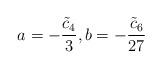
LaTeX: \begin{align*} a = - \frac{\tilde{c}_4}{3}, b = - \frac{\tilde{c}_6}{27}\end{align*}